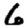
Digit: 6